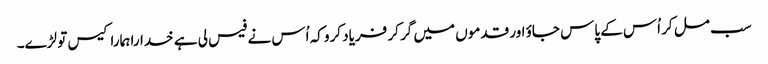
سب مل کر اُس کے پاس جاؤ اور قدموں میں گر کر فریاد کرو کہ اُس نے فیس لی ہے خدارا ہمارا کیس تو لڑے۔